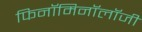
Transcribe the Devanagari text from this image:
फिनॉमिनॉलॉजी